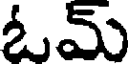
ఓమ్